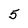
Character: 5